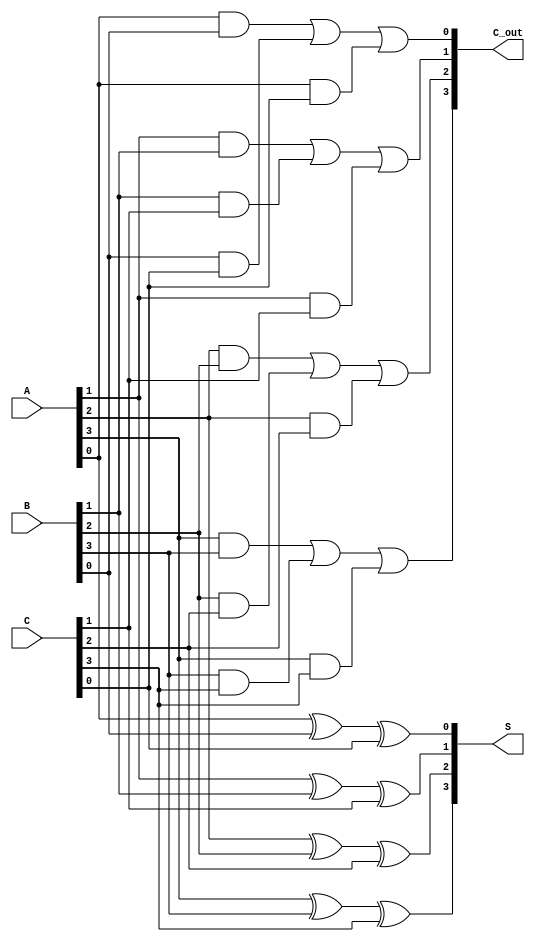
module CarrySaveAdder (
    input [N-1:0] A,    // Operand A
    input [N-1:0] B,    // Operand B
    input [N-1:0] C,    // Operand C
    output reg [N-1:0] S, // Partial sum output
    output reg [N-1:0] C_out // Partial carry output
);
    parameter N = 4; // Define bit width, can be parameterized as needed

    integer i;
    
    always @(*) begin
        // Initialize outputs
        S = 0;
        C_out = 0;

        // Generate partial sums and carries using shared resources
        for (i = 0; i < N; i = i + 1) begin
            // Compute Partial Sum and Carry
            S[i] = A[i] ^ B[i] ^ C[i];                 // XOR for partial sum
            C_out[i] = (A[i] & B[i]) | (B[i] & C[i]) | (A[i] & C[i]); // AND for carry
        end
    end
endmodule